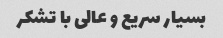
بسیار سریع و عالی با تشکر